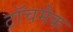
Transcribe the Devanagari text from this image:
टॉचमैक